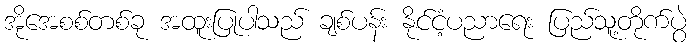
အိုအေစစ်တစ်ခု အထူးပြုပါသည် ချစ်ပန်း နိုင်ငံ့ပညာရေး ပြည်သူ့တိုက်ပွဲ